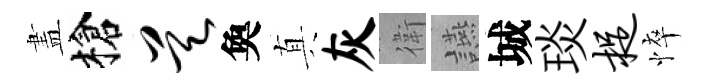
𥁞槍昊奐真灰衛讌城琰捉悴